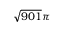
\sqrt { 9 0 1 } \pi